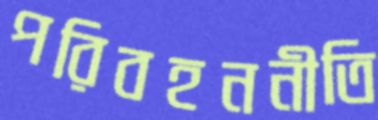
পরিবহননীতি